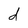
Character: d